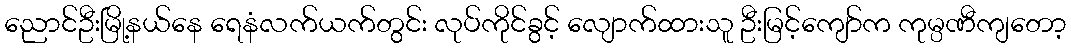
ညောင်ဦးမြို့နယ်နေ ရေနံလက်ယက်တွင်း လုပ်ကိုင်ခွင့် လျောက်ထားသူ ဦးမြင့်ကျော်က ကုမ္ပဏီကျတော့